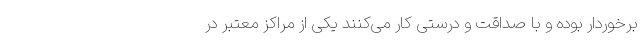
برخوردار بوده و با صداقت و درستی کار می­‌کنند یکی از مراکز معتبر در